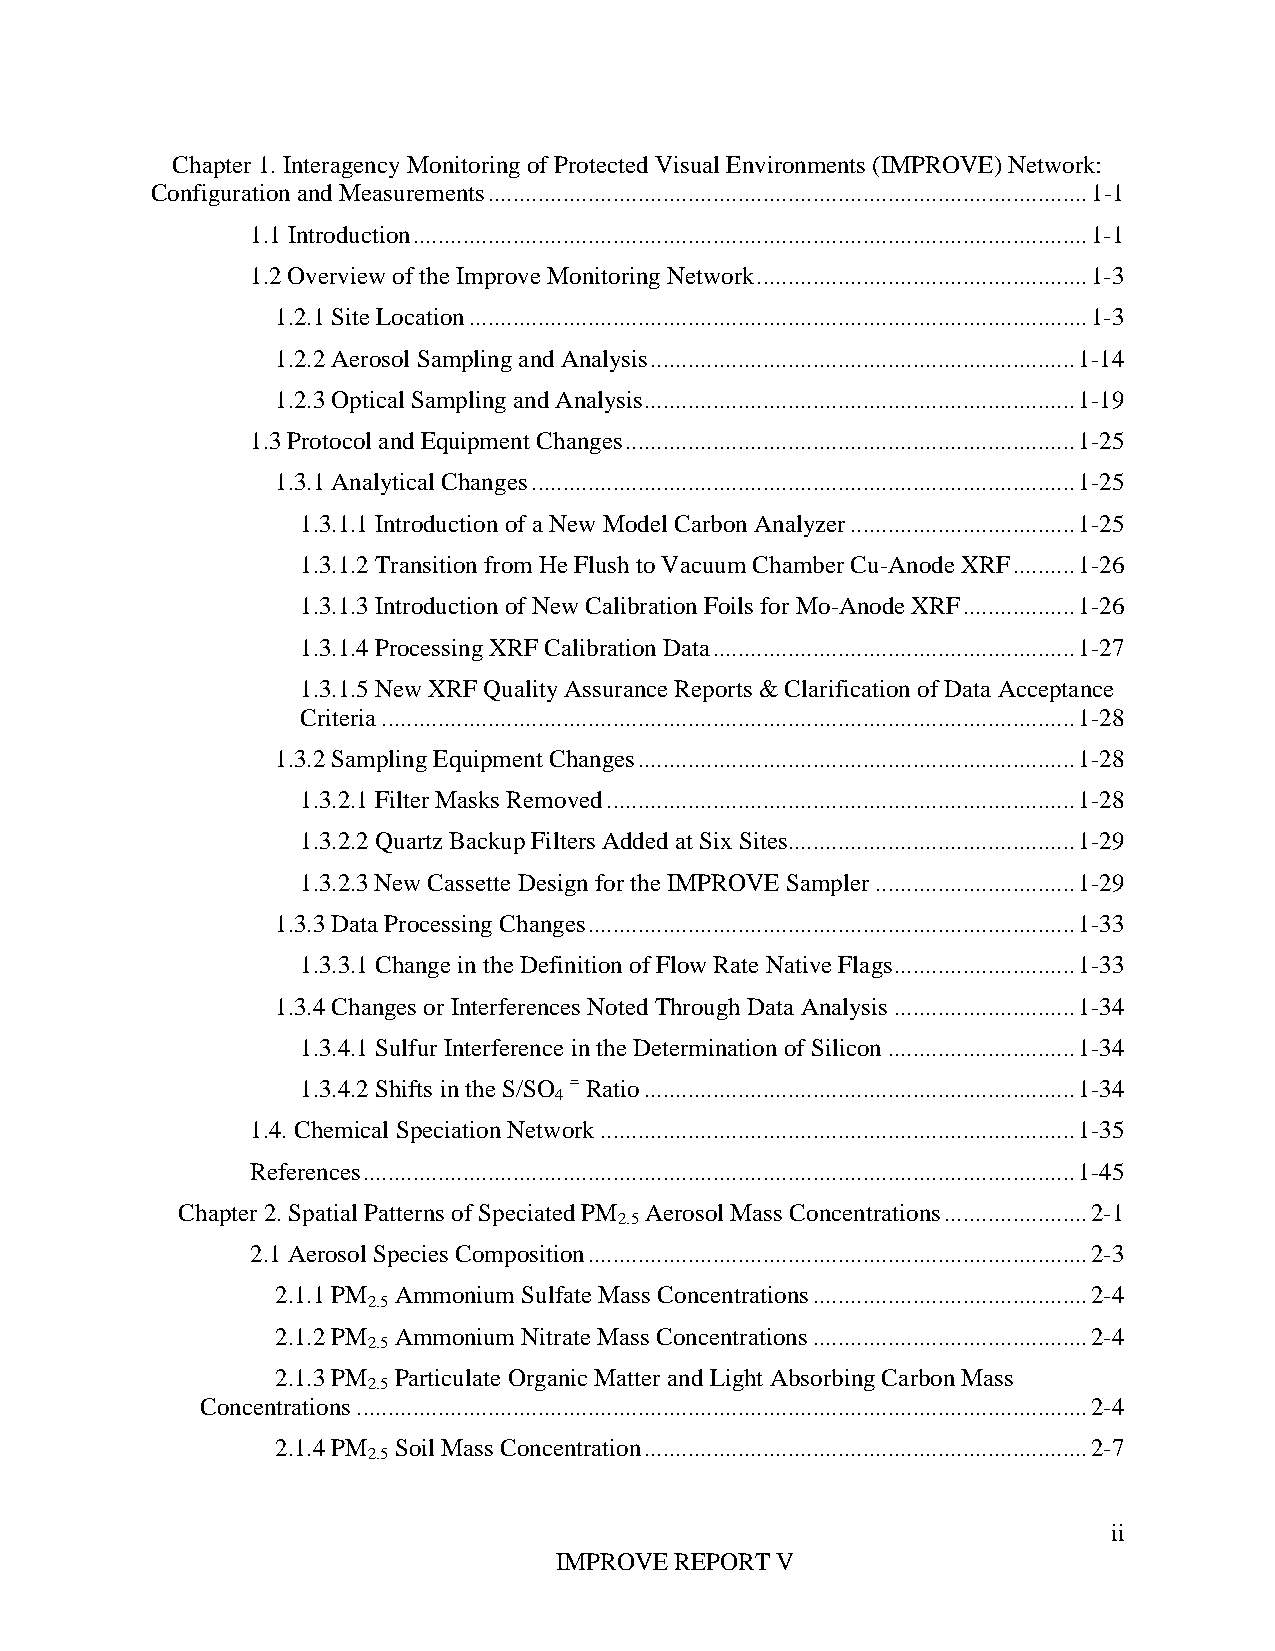
Chapter 1. Interagency Monitoring of Protected Visual Environments (IMPROVE) Network:
 Configuration and Measurements ................................................................................................ 1-1
 1.1 Introduction ............................................................................................................ 1-1
 1.2 Overview of the Improve Monitoring Network ..................................................... 1-3
 1.2.1 Site Location ................................................................................................... 1-3
 1.2.2 Aerosol Sampling and Analysis .................................................................... 1-14
 1.2.3 Optical Sampling and Analysis ..................................................................... 1-19
 1.3 Protocol and Equipment Changes ........................................................................ 1-25
 1.3.1 Analytical Changes ....................................................................................... 1-25
 1.3.1.1 Introduction of a New Model Carbon Analyzer .................................... 1-25
 1.3.1.2 Transition from He Flush to Vacuum Chamber Cu-Anode XRF .......... 1-26
 1.3.1.3 Introduction of New Calibration Foils for Mo-Anode XRF .................. 1-26
 1.3.1.4 Processing XRF Calibration Data .......................................................... 1-27
 1.3.1.5 New XRF Quality Assurance Reports & Clarification of Data Acceptance
 Criteria ............................................................................................................... 1-28
 1.3.2 Sampling Equipment Changes ...................................................................... 1-28
 1.3.2.1 Filter Masks Removed ........................................................................... 1-28
 1.3.2.2 Quartz Backup Filters Added at Six Sites.............................................. 1-29
 1.3.2.3 New Cassette Design for the IMPROVE Sampler ................................ 1-29
 1.3.3 Data Processing Changes .............................................................................. 1-33
 1.3.3.1 Change in the Definition of Flow Rate Native Flags ............................. 1-33
 1.3.4 Changes or Interferences Noted Through Data Analysis ............................. 1-34
 1.3.4.1 Sulfur Interference in the Determination of Silicon .............................. 1-34
 1.3.4.2 Shifts in the S/SO = Ratio ..................................................................... 1-34
 4
 1.4. Chemical Speciation Network ............................................................................ 1-35
 References .................................................................................................................. 1-45
 Chapter 2. Spatial Patterns of Speciated PM Aerosol Mass Concentrations ....................... 2-1
 2.5
 2.1 Aerosol Species Composition ................................................................................ 2-3
 2.1.1 PM Ammonium Sulfate Mass Concentrations ............................................ 2-4
 2.5
 2.1.2 PM Ammonium Nitrate Mass Concentrations ............................................ 2-4
 2.5
 2.1.3 PM Particulate Organic Matter and Light Absorbing Carbon Mass
 2.5
 Concentrations ..................................................................................................................... 2-4
 2.1.4 PM Soil Mass Concentration ....................................................................... 2-7
 2.5
 ii
 IMPROVE REPORT V